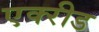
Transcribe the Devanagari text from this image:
एक्‍रीड